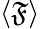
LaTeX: \langle\mathfrak{F}\rangle